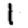
Digit: 1